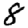
Digit: 8